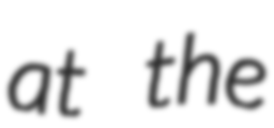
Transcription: at the